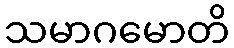
သမာဂမောတိ